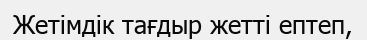
Жетімдік тағдыр жетті ептеп,